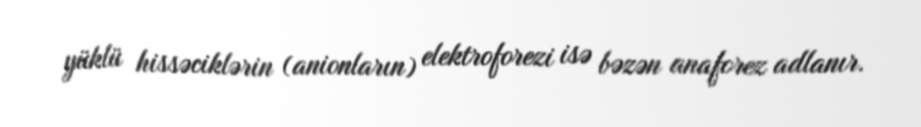
yüklü hissəciklərin (anionların) elektroforezi isə bəzən anaforez adlanır.